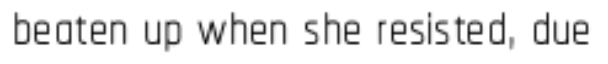
beaten up when she resisted, due